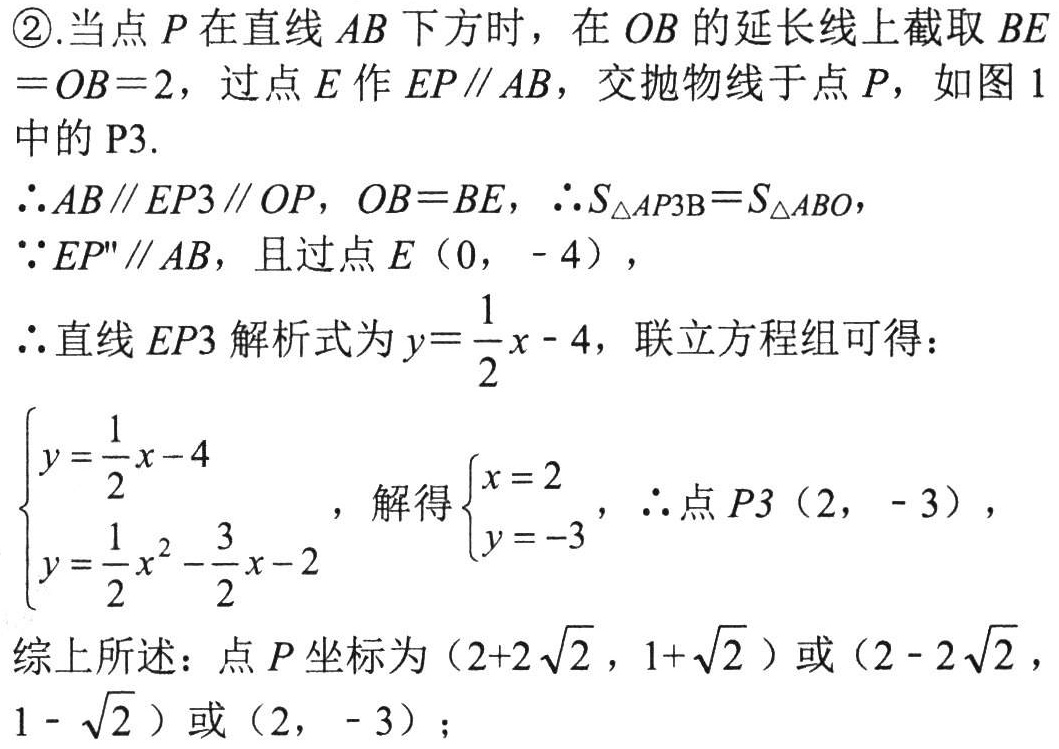
\textcircled{2}.当点\(P\)在直线\(AB\)下方时，在\(OB\)的延长线上截取\(BE = OB = 2\)，过点\(E\)作\(EP\parallel AB\)，交抛物线于点\(P\)，如图1中的\(P3\).
\(\therefore AB\parallel EP3\parallel OP\)，\(OB = BE\)，\(\therefore S_{\triangle AP3B}=S_{\triangle ABO}\)，
\(\because EP''\parallel AB\)，且过点\(E\)（\(0\)，\(-4\)），
\(\therefore\)直线\(EP3\)解析式为\(y = \frac{1}{2}x - 4\)，联立方程组可得：
\(\begin{cases}y = \frac{1}{2}x - 4\\y = \frac{1}{2}x^{2}-\frac{3}{2}x - 2\end{cases}\)，解得\(\begin{cases}x = 2\\y = - 3\end{cases}\)，\(\therefore\)点\(P3\)（\(2\)，\(-3\)），
综上所述：点\(P\)坐标为（\(2 + 2\sqrt{2}\)，\(1+\sqrt{2}\)）或（\(2 - 2\sqrt{2}\)，\(1 - \sqrt{2}\)）或（\(2\)，\(-3\)）；